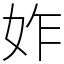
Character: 妰